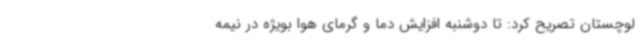
لوچستان تصریح کرد: تا دوشنبه افزایش دما و گرمای هوا بویژه در نیمه